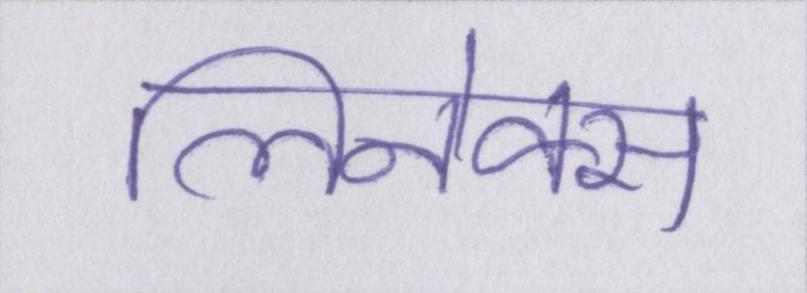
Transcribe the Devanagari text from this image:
लिनेक्स